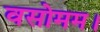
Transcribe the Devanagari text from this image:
वसोमम।